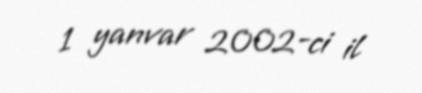
1 yanvar 2002-ci il